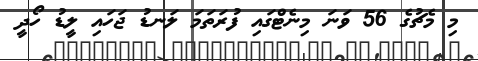
މި މެޗުގެ 56 ވަނަ މިނެޓްގައި ފުރަތަމަ ލަނޑު ޖަހައި ލީޑު ހޯދީ